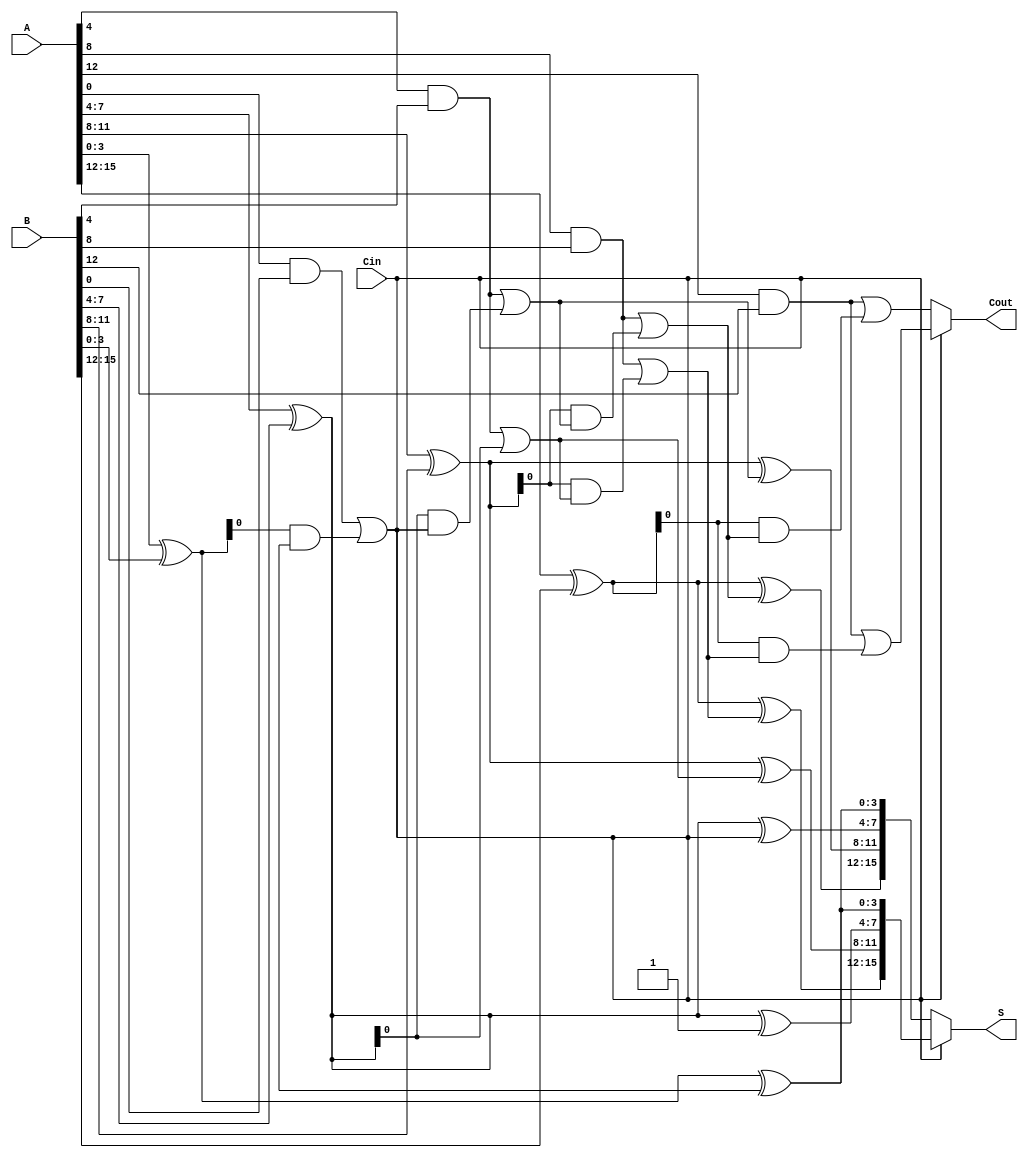
module carry_select_adder #(
    parameter N = 16, // Total number of bits
    parameter M = 4    // Segment size
)(
    input  [N-1:0] A,    // First operand
    input  [N-1:0] B,    // Second operand
    input  Cin,          // Carry input
    output [N-1:0] S,    // Sum output
    output Cout          // Carry output
);

    // Number of segments
    localparam NUM_SEGMENTS = N / M;

    // Internal signals for sum and carry
    wire [N-1:0] S0, S1; // Sum outputs for Cin = 0 and Cin = 1
    wire [NUM_SEGMENTS:0] C0, C1; // Carry outputs for Cin = 0 and Cin = 1

    // Generate sum and carry for each segment
    genvar i;
    generate
        for (i = 0; i < NUM_SEGMENTS; i = i + 1) begin : segment
            wire [M-1:0] A_seg = A[M*i +: M];
            wire [M-1:0] B_seg = B[M*i +: M];

            // Carry Lookahead Logic
            wire P = A_seg ^ B_seg; // Propagate
            wire G = A_seg & B_seg; // Generate

            // Calculate carry for Cin = 0
            assign C0[i] = G | (P & C0[i-1]); // C0[0] is initialized to Cin
            assign S0[M*i +: M] = A_seg ^ B_seg ^ C0[i-1];

            // Calculate carry for Cin = 1
            assign C1[i] = G | (P & C1[i-1]); // C1[0] is initialized to Cin
            assign S1[M*i +: M] = A_seg ^ B_seg ^ C1[i-1];
        end
    endgenerate

    // Initial carry-in for the first segment
    assign C0[0] = Cin; // Carry-in for Cin = 0
    assign C1[0] = 1'b1; // Carry-in for Cin = 1

    // Multiplexer to select the final sum and carry-out
    assign S = Cin ? S1 : S0;
    assign Cout = Cin ? C1[NUM_SEGMENTS-1] : C0[NUM_SEGMENTS-1];

endmodule